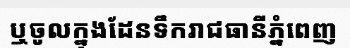
ឬចូលក្នុងដែនទឹករាជធានីភ្នំពេញ